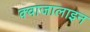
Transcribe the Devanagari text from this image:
क्वाजालाइन